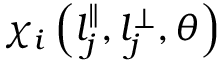
\chi _ { i } \left( l _ { j } ^ { \parallel } , l _ { j } ^ { \perp } , \theta \right)